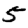
Digit: 5